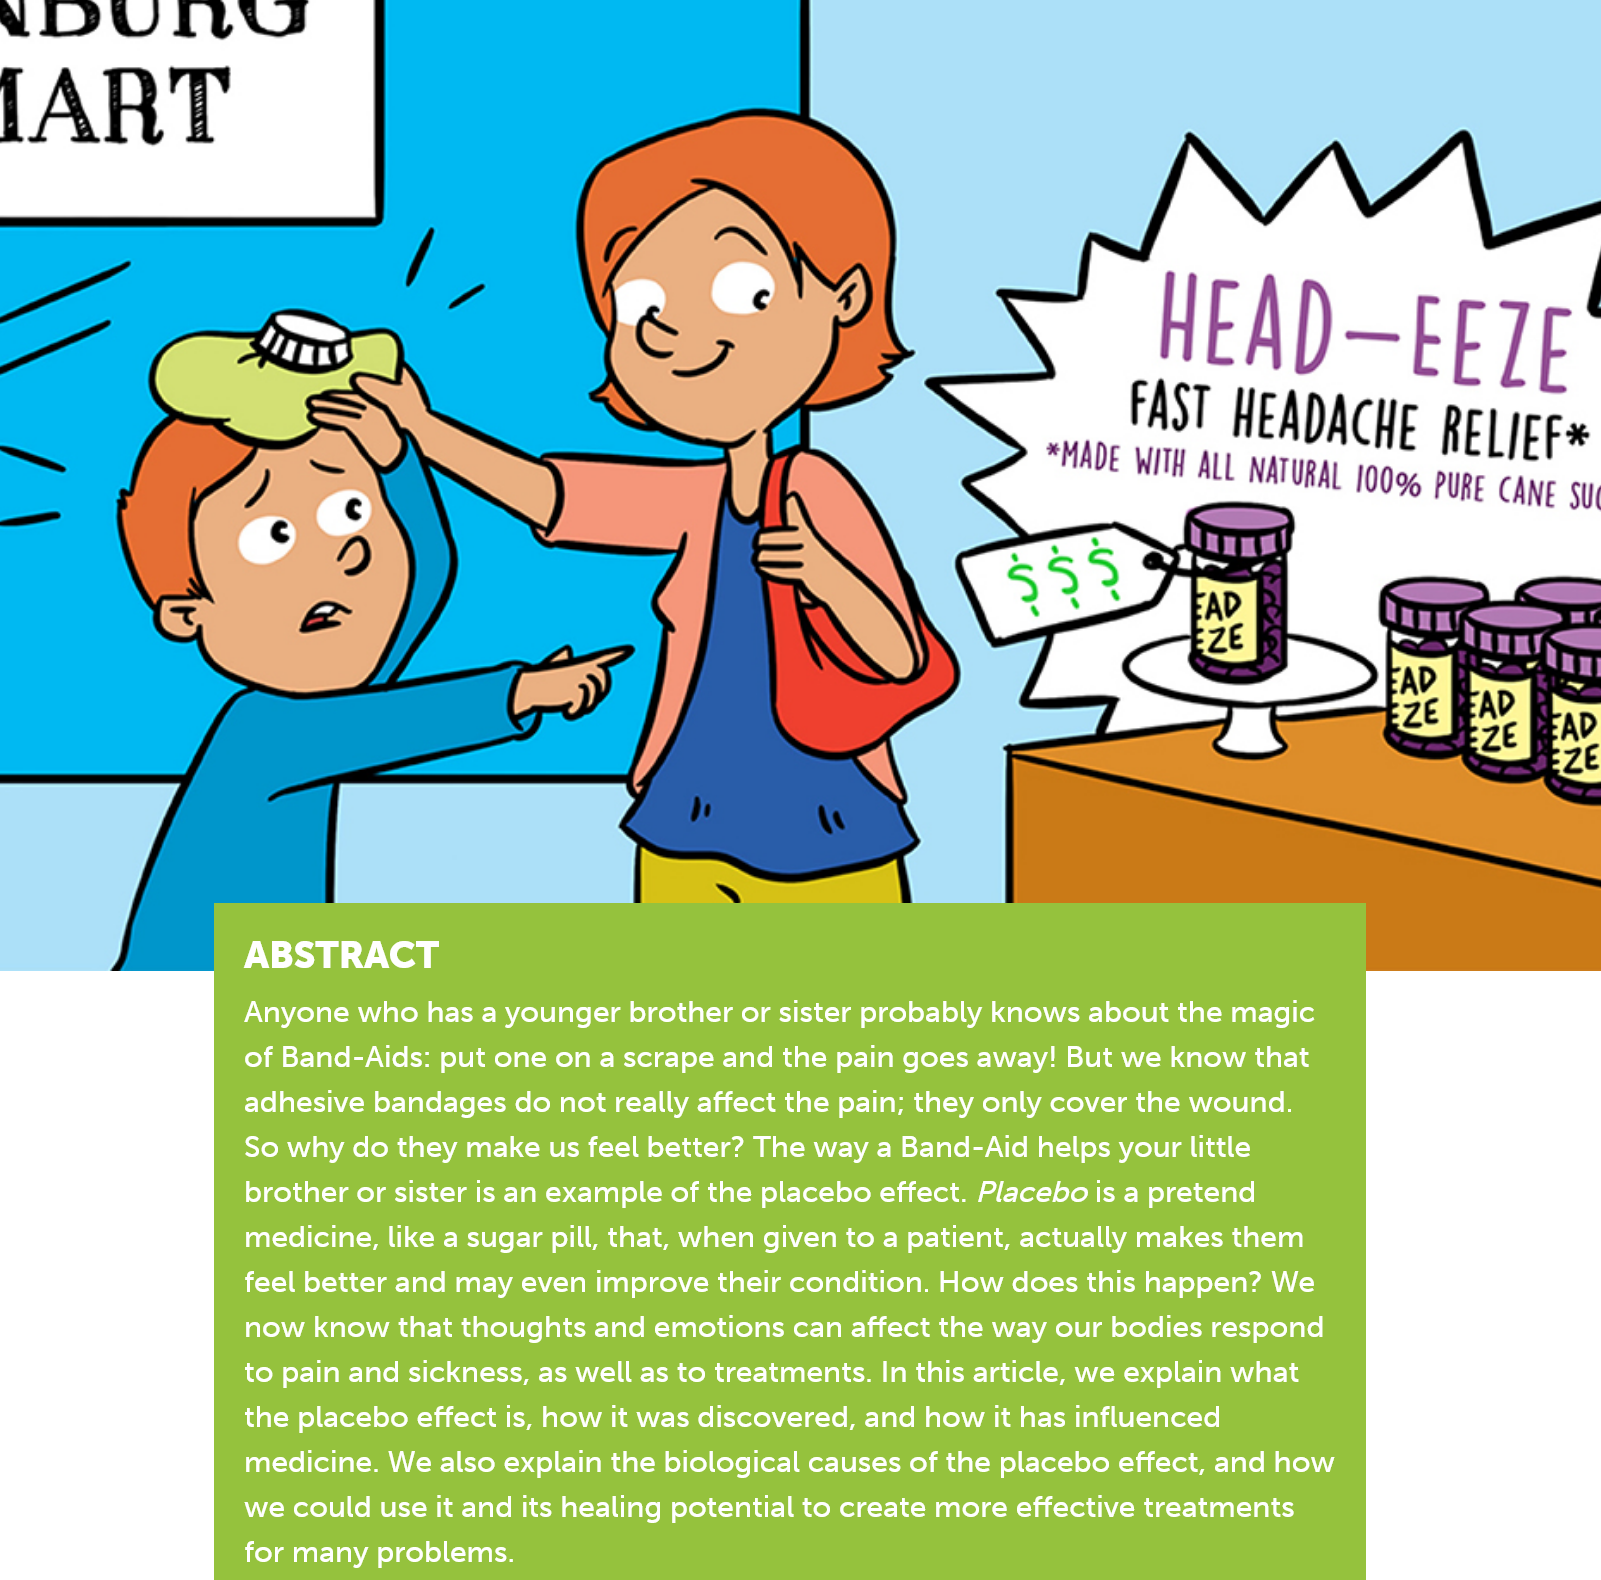
PN}   y(egy
     Anyone who has a younger brother or sister probably knows about the magic
     of Band-Aids: put one on
     a
     scrape and the pain goes away! But we know that
     adhesive bandages do not really affect the pain; they only cover the wound.
     So why do they make us feel better? The way a Band-Aid helps your little
     brother or sister is an example of the placebo effect. Placebo is a pretend
     medicine, like a sugar pill, that, when given to a patient, actually makes them
     feel better and may even improve their condition. How does this happen? We
     now  know that thoughts and emotions can affect the way our bodies respond
     to pain and sickness, as well as to treatments. In this article, we explain what
     the placebo effect is, how it was discovered, and how it has influenced
     medicine. We also explain the biological causes of the placebo effect, and how
     we could use it and its healing potential to create more effective treatments
     for many problems.
     *
     a > HEAD—EE7E
     FAST  HEADACHE    RELIEF®
     *MADE WITH ALL NATURAL 1009 PURE CANE sy
     a